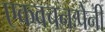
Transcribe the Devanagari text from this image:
एकवचनःपेनी